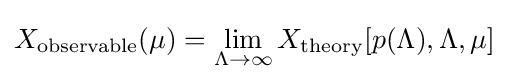
X_{\rm {observable}}(\mu )=\lim _{\Lambda \rightarrow \infty }X_{\rm {theory}}[p(\Lambda ),\Lambda ,\mu ]